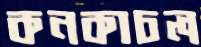
কনকাচল